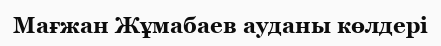
Мағжан Жұмабаев ауданы көлдері